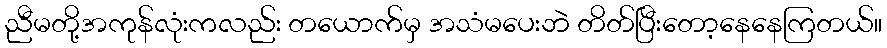
ညီမတို့အကုန်လုံးကလည်း တယောက်မှ အသံမပေးဘဲ တိတ်ပြီးတော့နေနေကြတယ်။